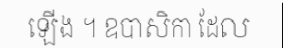
ឡើង ។ ឧបាសិកា ដែល